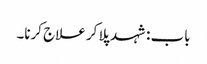
باب : شہد پلا کر علاج کرنا۔